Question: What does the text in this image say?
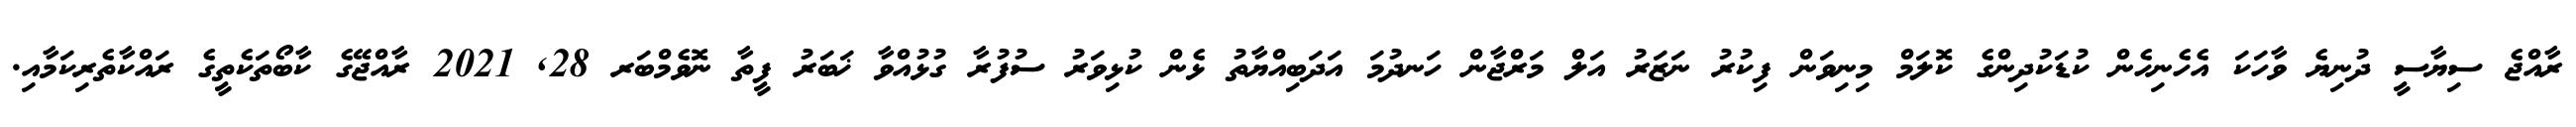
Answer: ރާއްޖެ ސިޔާސީ ދުނިޔެ ވާހަކަ އެހެނިހެން ކުޑަކުދިންގެ ކޮލަމް މިނިވަން ފިކުރު ނަޒަރު އަލް މަރްޖާން ހަނދުމަ އަދަބިއްޔާތު ޅެން ކުޅިވަރު ސުފުރާ ގުޅުއްވާ ޚަބަރު ފީތާ ނޮވެމްބަރ 28, 2021 ރާއްޖޭގެ ކާބޯތަކެތީގެ ރައްކާތެރިކަމާއި.